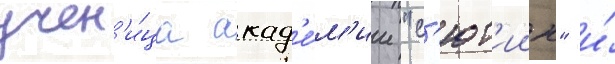
учен'и́ца акад'е́м'ии "с'ют'иин" и́